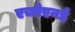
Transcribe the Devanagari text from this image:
एचऐएनई